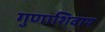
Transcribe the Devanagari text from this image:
गुणाशिवाय